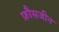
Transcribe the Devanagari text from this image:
फ़ौसजीन